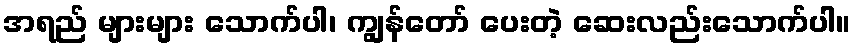
အရည် များများ သောက်ပါ၊ ကျွန်တော် ပေးတဲ့ ဆေးလည်းသောက်ပါ။